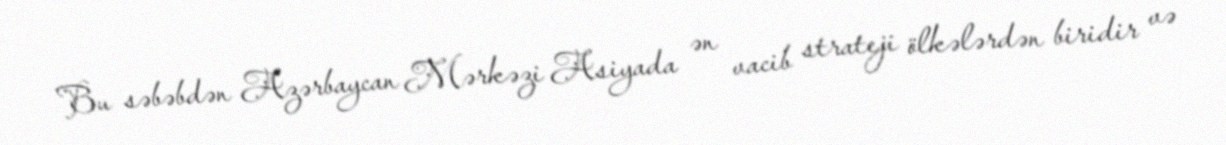
Bu səbəbdən Azərbaycan Mərkəzi Asiyada ən vacib strateji ölkələrdən biridir və